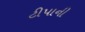
ટીપાની